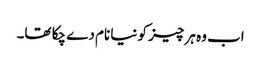
اب وہ ہر چیز کو نیا نام دے چکا تھا۔